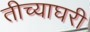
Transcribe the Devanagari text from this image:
तीच्याघरी